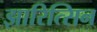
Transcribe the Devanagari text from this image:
झारित्सिन